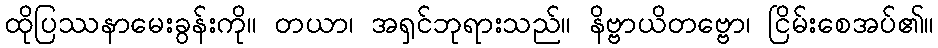
ထိုပြဿနာမေးခွန်းကို။ တယာ၊ အရှင်ဘုရားသည်။ နိဗ္ဗာယိတဗ္ဗော၊ ငြိမ်းစေအပ်၏။